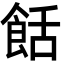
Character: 餂